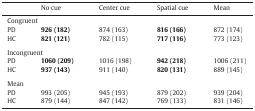
|  | No cue | Center cue | Spatial cue | Mean |
 | --- | --- | --- | --- | --- |
 | <COLSPAN=5> Congruent |
 | PD | 926 (182) | 874 (163) | 816 (166) | 872 (174) |
 | HC | 821 (121) | 782 (115) | 717 (116) | 773 (123) |
 | <COLSPAN=5>  |
 | <COLSPAN=5> Incongruent |
 | PD | 1060 (209) | 1016 (198) | 942 (218) | 1006 (211) |
 | HC | 937 (143) | 911 (140) | 820 (131) | 889 (145) |
 | <COLSPAN=5>  |
 | <COLSPAN=5> Mean |
 | PD | 993 (205) | 945 (193) | 879 (202) | 939 (204) |
 | HC | 879 (144) | 847 (142) | 769 (133) | 831 (146) |